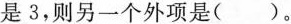
是3，则另一个外项是（）。